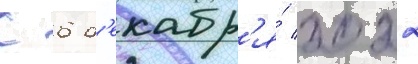
С 6 д'екабр'я́ 2022